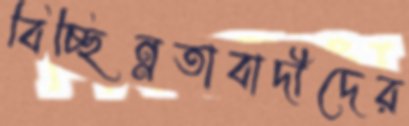
বিচ্ছিন্নতাবাদীদের